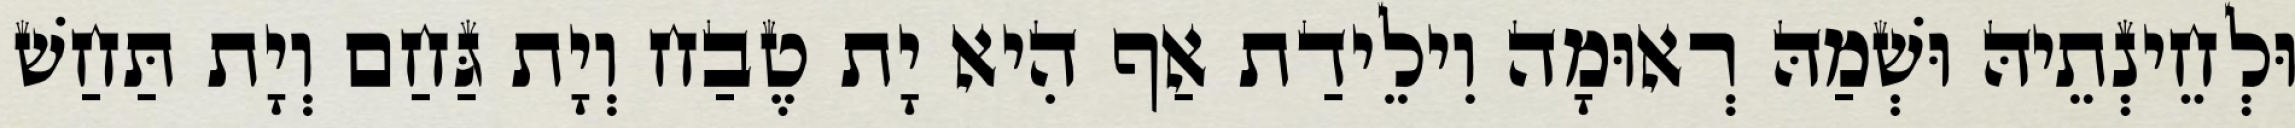
וּלְחֵינְתֵיהּ וּשְׁמַהּ רְאוּמָה וִילֵידַת אַף הִיא יָת טֶבַח וְיָת גַּחַם וְיָת תַּחַשׁ